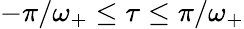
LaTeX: -\pi/\omega_{+}\leq\tau\leq\pi/\omega_{+}